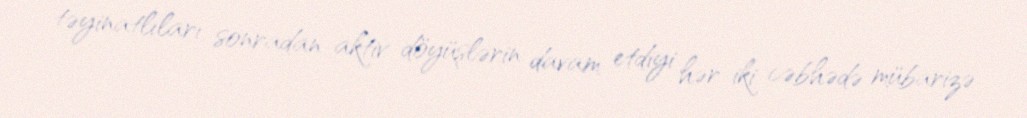
təyinatlıları sonradan aktiv döyüşlərin davam etdiyi hər iki cəbhədə mübarizə